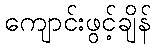
ကျောင်းဖွင့်ချိန်